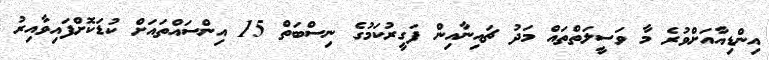
އިންޑިއާއަށްވުރެ މާ ވަސީލަތްތައް މަދު ޗައިނާއިން ފަގީރުކަމުގެ ނިސްބަތް 15 އިންސައްތައަށް ކުޑަކޮށްފައިވާއިރު